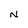
Character: N